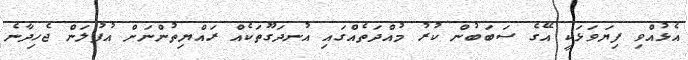
އެޅުއްވި ފިޔަވަޅަކީ އޭގެ ސަބަބުން ކުރު މުއްދަތެއްގައި އުނދަގޫތަކެއް ރައްޔިތުންނަށް އުފުލަން ޖެހިދާނެ